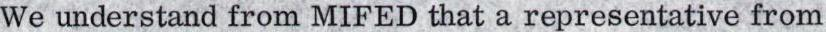
We understand from MIFED that a representative from